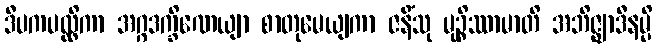
ဒီပကပလ္လိကာ အဂ္ဂဒက္ခိဏေယျာ စာတုမေယျကာ ဇနိံသု မုဉ္စိဿာမာတိ အဘိဇ္ဈာဒီနမ္ပိ